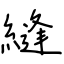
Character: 縫